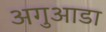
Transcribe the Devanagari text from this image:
अगुआडा